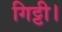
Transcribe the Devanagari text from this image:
गिट्टी।